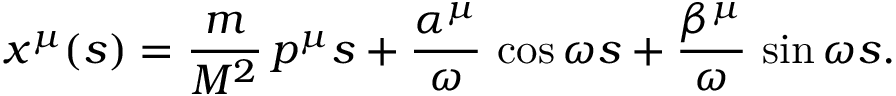
x ^ { \mu } ( s ) = \frac { m } { M ^ { 2 } } \, p ^ { \mu } s + \frac { \alpha ^ { \mu } } { \omega } \, \cos \omega s + \frac { \beta ^ { \mu } } { \omega } \, \sin \omega s .